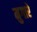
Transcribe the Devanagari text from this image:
मुगारे